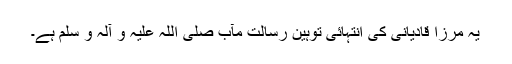
یہ مرزا قادیانی کی انتہائی توہین رسالت مآب صلی اللہ علیہ و آلہ و سلم ہے۔